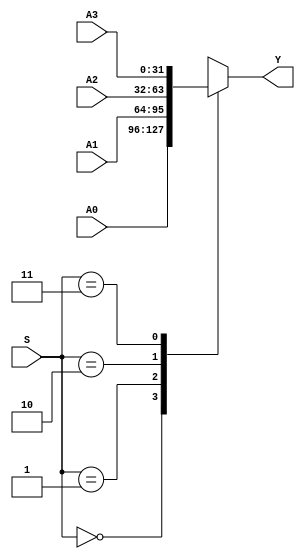
`timescale 1ns / 1ps
//////////////////////////////////////////////////////////////////////////////////
// Company: 
// Engineer: 
// 
// Design Name: 
// Module Name: MUX4X32
// Project Name: 
// Target Devices: 
// Tool Versions: 
// Description: 
// 
// Dependencies: 
// 
// Revision:
// Revision 0.01 - File Created
// Additional Comments:
// 
//////////////////////////////////////////////////////////////////////////////////


module MUX4X32 (A0, A1, A2, A3, S, Y);
input [31:0] A0, A1, A2, A3;
input [1:0] S;
output [31:0] Y;
function [31:0] select;
input [31:0] A0, A1, A2, A3;
input [1:0] S;
case(S)
2'b00: select = A0;
2'b01: select = A1;
2'b10: select = A2;
2'b11: select = A3;
endcase
endfunction
assign Y = select (A0, A1, A2, A3, S);
endmodule